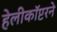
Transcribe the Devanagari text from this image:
हेलीकॉप्टरने